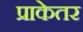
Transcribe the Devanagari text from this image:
प्राकेतर